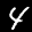
Label: 4